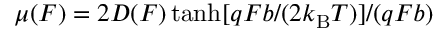
\mu ( F ) = 2 D ( F ) \operatorname { t a n h } [ q F b / ( 2 k _ { \mathrm { B } } T ) ] / ( q F b )